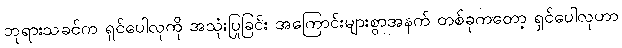
ဘုရားသခင်က ရှင်ပေါလုကို အသုံးပြုခြင်း အကြောင်းများစွာအနက် တစ်ခုကတော့ ရှင်ပေါလုဟာ